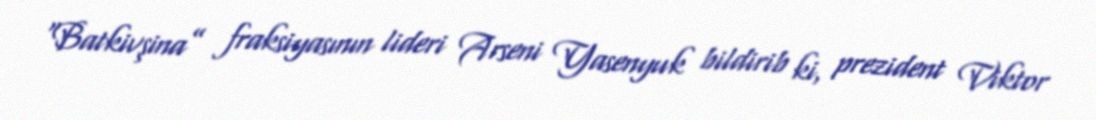
“Batkivşina” fraksiyasının lideri Arseni Yasenyuk bildirib ki, prezident Viktor